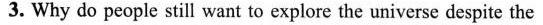
3. Why do people still want to explore the universe despite the